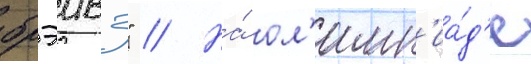
брэивз" // На́ ол'имп'иа́д'е